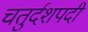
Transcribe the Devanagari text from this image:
चतुर्दशपदी